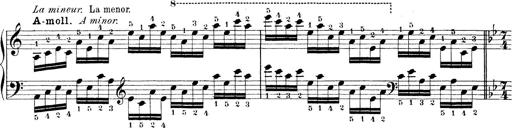
Title: Technische Studien
Composer: Franz Liszt